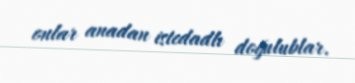
onlar anadan istedadlı doğulublar.